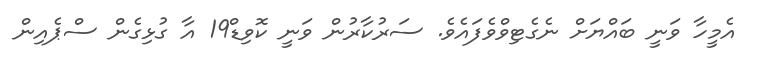
އެމީހާ ވަނީ ބައްޔަށް ނެގެޓިވްވެފައެވެ. ސަރުކާރުން ވަނީ ކޮވިޑް19 އާ ގުޅިގެން ސްޕެއިން